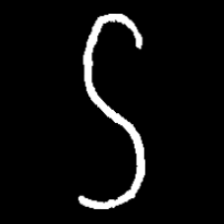
Pyu character \u2014 Myanmar letter: ဌ (romanized: ttha)